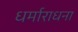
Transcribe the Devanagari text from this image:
धर्माराधना